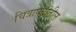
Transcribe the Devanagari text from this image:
चित्रापटांतील